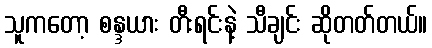
သူကတော့ စန္ဒယား တီးရင်းနဲ့ သီချင်း ဆိုတတ်တယ်။